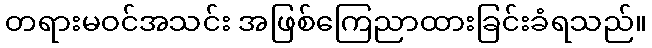
တရားမဝင်အသင်း အဖြစ်ကြေညာထားခြင်းခံရသည်။